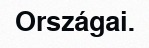
Országai.